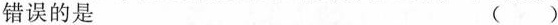
错误的是 （ ）